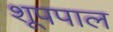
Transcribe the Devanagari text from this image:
शूपपाल